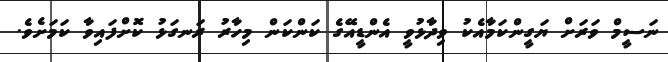
ނަސީމް ވަރަށް ޔަގީންކަމާއެކު ވިދާޅުވީ އެންޑީއޭގެ ކަންކަން މިހާރު ރަނގަޅު ކޮށްފައިވާ ކަމަށެވެ.